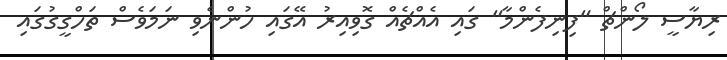
ރިޔާސީ ލޯންޗް "ފިނިފެންމާ" ގައި އެއްޗެއް ގޮވިއިރު އޭގައި ހުންނެވި ނަމަވެސް ތަހްގީގުގައި